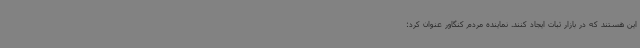
این هستند که در بازار ثبات ایجاد کنند. نماینده مردم کنگاور عنوان کرد: